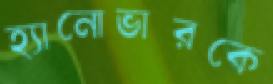
হ্যানোভারকে